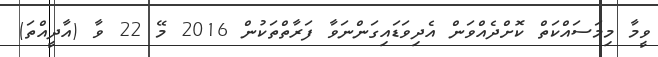
ވީމާ މިމަސައްކަތް ކޮށްދެއްވަން އެދިވަޑައިގަންނަވާ ފަރާތްތަކުން 2016 މޭ 22 ވާ (އާދީއްތަ)